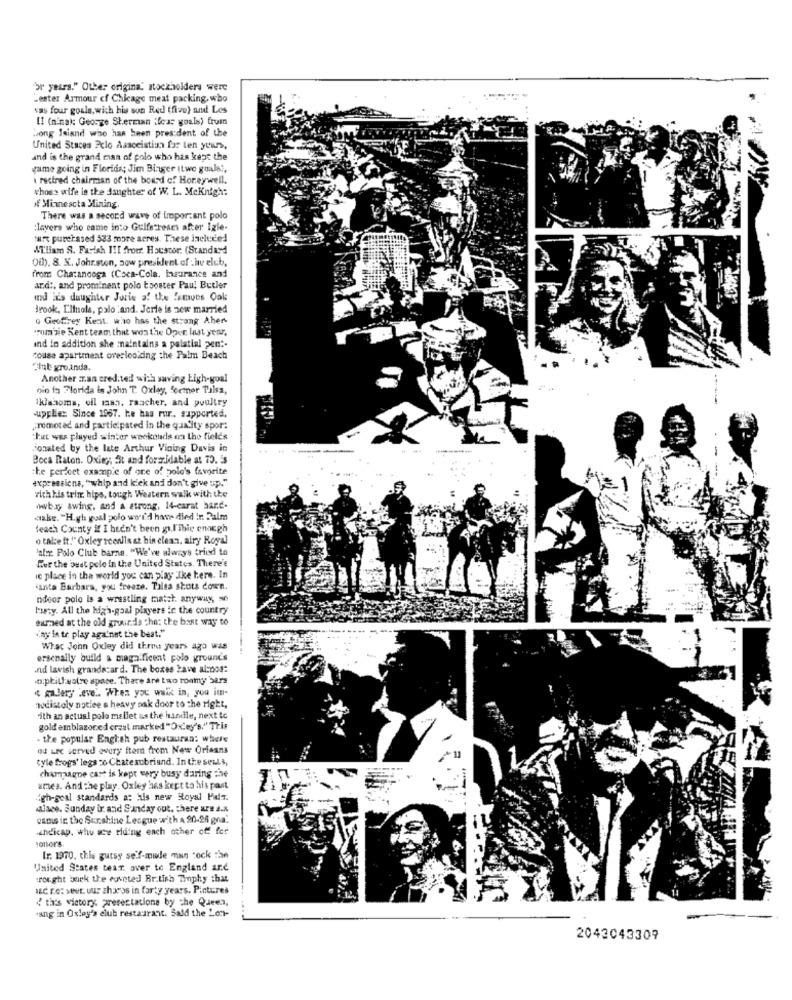
br years." Other origina' stockholders were
Lester Armour cf Chicago meat packing, who
vas four goals, wich his son Red (five) and Les
II (ninak: George Sherman "cas goals) fruin
wong Isiand who has been president of the
United Staces Pclo Aasocistiun for ten yours,
and is the grand man of polo who has kept the
game going in Florida; Jim Binger Itwe goula !,
i recired chairman of the board of Horeywell.
whose wife le the daughter of W. L. Mcknight
of Minnesota Mining.
There was a second wave of important polo
:lavers who came into Gulfstream after Igle-
tart purchased 533 more seres. These included
William S. Farish III fromr. Houstor. (Standard
Oth. 8. K. Johr.ston, sow president of : hv elcb,
from Chatanooga (Coca-Cola, insurance and
ard :, and prominent polo booster Paul Butler
ind is daughter Joris of the "emons Oak
Brook, Llinois, polo :and. Jerte is zew married
o Geoffrey Kent. who has the strong Aher-
'rom'sie Kent team that won the Open last year,
ind in addition she maintains a palatial pen :-
touse apartment overlooking the Palm Beach
Glut gro.inda.
Another :. an credited with saving Ligh-goal
nio in Florida is John T. Oxley, Sermer Tulsa,
Iklasoms, ofl masn. raacher, and poultry
.upplies Since 1967. he has rur. supported.
promoted and participated in the quality spor:
"Tut was played winter weekends on the fields
ionated by the late Arthur Vining Davis in
Boca Raton. Oxing; St and formidable at 73. is
be perfect example of one of pole's favorite
expressiena, "whip and kick and don't give up."
rich kis trin hips, tough Western walk with the
wwwb.ry swing, and a strong, 14-carat hard-
cabe. "H.gh yoal polo woord have died in Balm
Beach County if I heen't been g.libie enargh
o tal:e ft."" Oxley rceniis at hin clean, airy Royal
'aler Polo Club barns. "We've always tried to
Hur the bust pelo in the United States. There's
ic place in the world you can play Ike here. In
santa Barbara, you freeze. Talea shots down.
ndeor polo is a wrestling match. anyway, se
Lucy. All the high-goal players in the country
eurmed at the old grounds cha; the bant way to
".ny in tr play against the beat."
What John Oxley did three years ago was
ersenally build a maga.ficent polo grounds
.nd lavish grandscard. The boxes kave al:nos:
.a.pkill watre space. There are two roomy bars
" gallery .eve .. When you walk in, you it-
weistoly notice s heavy sak door to the right,
ith an actual polo mellet ss the handle, next to
gold emblazoned craul marked "Oxley's."This
. the popular English pub restauran: where
od Lrc served every item from New Orleans
tyle frogs' legs % Chateaubriand. In the seuls,
champagne cast is kept very busy daring the
umes. And the play. Oxley has kept to his past
"gh-geal standards a: his new Royal Palm.
Mace. Sunday ir and Sunday out. there are a.x.
camis in the Sunshine League with A 90-28 gna.
indicap. whu wce riding each other off for
colors.
[r. 1970. this gutsy self-made man cock :se
United States tear over to England arc
trought burk the coveted Br.Lish Thphy that
I&C re: seur, uur sharos in forty years. Pictures
{ this victory, presentations by the Queen,
"ang in Oxley's club restaurant. Bald the Lon-
2043043309